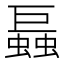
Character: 螶